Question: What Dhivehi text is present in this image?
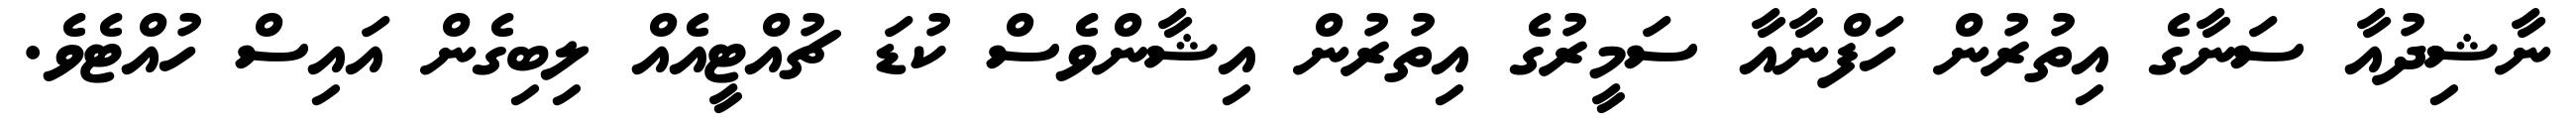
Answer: ނާޝިދުއާ ސަނާގެ އިތުރުން ހަފްނާއާ ސަމީރުގެ އިތުރުން އިޝާންވެސް ކުޑަ ޗުއްޓީއެއް ލިބިގެން އައިސް ހުއްޓެވެ.